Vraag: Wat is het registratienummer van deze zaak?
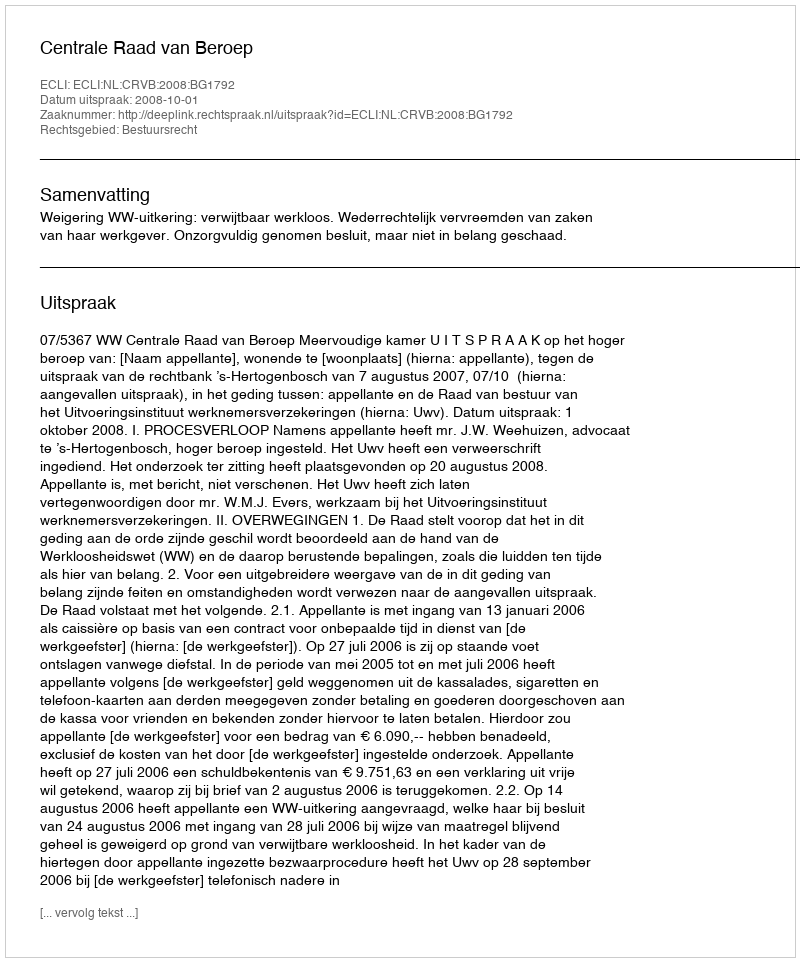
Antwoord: http://deeplink.rechtspraak.nl/uitspraak?id=ECLI:NL:CRVB:2008:BG1792